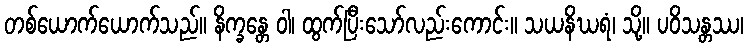
တစ်ယောက်ယောက်သည်။ နိက္ခန္တေ ဝါ၊ ထွက်ပြီးသော်လည်းကောင်း။ သယနိဃရံ၊ သို့။ ပဝိသန္တဿ၊